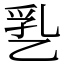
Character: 㐠